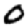
Digit: 0